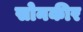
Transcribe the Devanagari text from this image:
सोनकीर